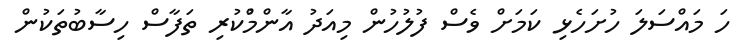
ހަ މައްސަލަ ހުށަހެޅި ކަމަށް ވެސް ފުލުހުން މިއަދު އާންމުްކުރި ތަފާސް ހިސާބުތަކުން